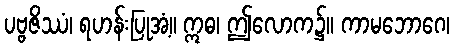
ပဗ္ဗဇိဿံ၊ ရဟန်းပြုအံ့။ ဣဓ၊ ဤလောက၌။ ကာမဘောဂေ၊